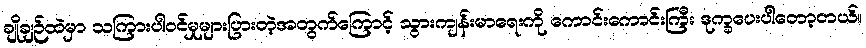
ချိုချဉ်ထဲမှာ သကြားပါဝင်မှုများပြားတဲ့အတွက်ကြောင့် သွားကျန်းမာရေးကို ကောင်းကောင်းကြီး ဒုက္ခပေးပါတော့တယ်။